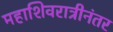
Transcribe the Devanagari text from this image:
महाशिवरात्रीनंतर